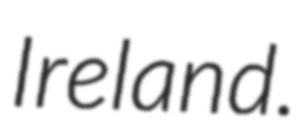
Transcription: Ireland.